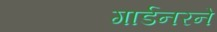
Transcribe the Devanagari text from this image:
गार्डनरने